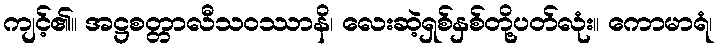
ကျင့်၏။ အဋ္ဌစတ္တာလီသဝဿာနိ၊ လေးဆဲ့ရှစ်နှစ်တို့ပတ်လုံး။ ကောမာရံ၊